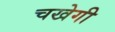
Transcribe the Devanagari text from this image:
चखेगी